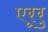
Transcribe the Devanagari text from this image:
एरूरु